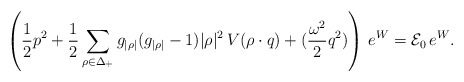
\begin{align*}\left({1\over 2} p^{2} + {1\over2}\sum_{\rho\in\Delta_+} g_{|\rho|}(g_{|\rho|}-1) |\rho|^{2} \,V(\rho\cdot q)+({\omega^2\over2}q^2)\right)\,e^W={\cal E}_0\,e^W. \end{align*}